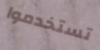
تستخدموا